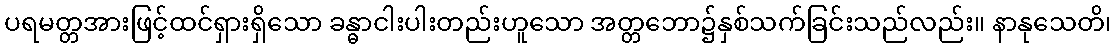
ပရမတ္တအားဖြင့်ထင်ရှားရှိသော ခန္ဓာငါးပါးတည်းဟူသော အတ္တဘော၌နှစ်သက်ခြင်းသည်လည်း။ နာနုသေတိ၊